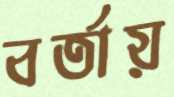
বর্তায়